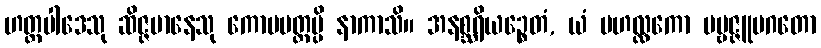
ဟတ္ထပါဒေသု ဆိဇ္ဇမာနေသု ကောပမတ္တမ္ပိ နာကာသိ။ အနစ္ဆရိယဉ္စေတံ, ယံ မဟလ္လကော ပဗ္ဗဇ္ဇူပဂတော